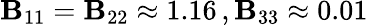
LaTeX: \mathbf{B}_{11}=\mathbf{B}_{22}\approx1.16\, ,\mathbf{B}_{33}\approx0.01